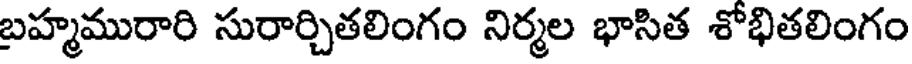
బహ్మమురారి సురార్చితలింగం నిర్మల భాసిత శోభితలింగం